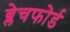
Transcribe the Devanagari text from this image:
ब्लेचफोर्ड